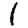
Digit: 1